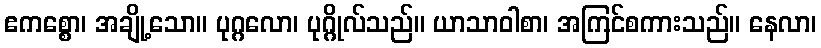
ဧကစ္စော၊ အချို့သော။ ပုဂ္ဂလော၊ ပုဂ္ဂိုလ်သည်။ ယာသာဝါစာ၊ အကြင်စကားသည်။ နေလာ၊